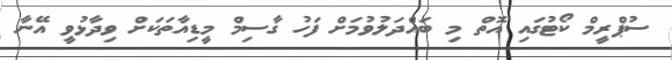
ސުޕްރީމް ކޯޓުގައި އޮތް މި ބައްދަލުވުމަށް ފަހު ގާސިމް މީޑިއާތަކަށް ވިދާޅުވީ އޭނާ